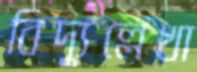
বিদ্যুল্লেখা